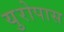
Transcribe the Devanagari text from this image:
युरोपास